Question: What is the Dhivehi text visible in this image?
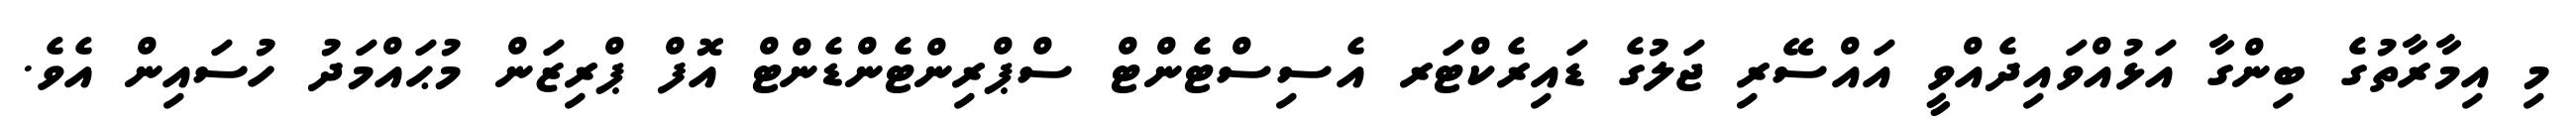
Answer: މި އިމާރާތުގެ ބިންގާ އަޅުއްވައިދެއްވީ އައްސޭރި ޖަލުގެ ޑައިރެކްޓަރ އެސިސްޓެންޓް ސްޕްރިންޓެންޑެންޓް އޮފް ޕްރިޒަން މުޙައްމަދު ހުސައިން އެވެ.